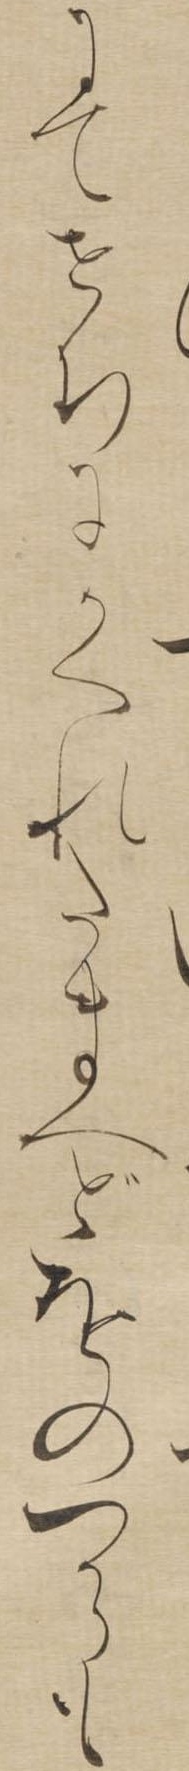
にてせちにかくれたまへどをのつからも